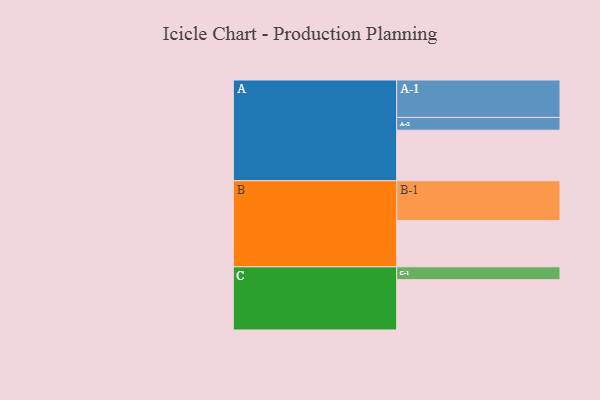
{"axis": {"x": "Segment", "y": "Value"}, "legend": ["", "A", "B", "C"], "data": [{"x": "A", "y": 358, "type": ""}, {"x": "B", "y": 327, "type": ""}, {"x": "C", "y": 356, "type": ""}, {"x": "A-1", "y": 265, "type": "A"}, {"x": "A-2", "y": 90, "type": "A"}, {"x": "B-1", "y": 282, "type": "B"}, {"x": "C-1", "y": 91, "type": "C"}]}